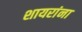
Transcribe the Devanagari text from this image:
शायरांना